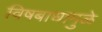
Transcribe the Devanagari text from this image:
विषबाधामुळे